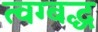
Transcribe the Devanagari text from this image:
त्वग्बद्ध